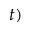
t )